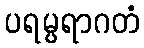
ပရမ္ပရာဂတံ